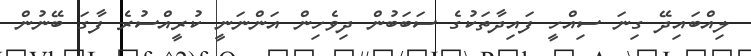
ލިއްބައިދޭ ގިނަ ސިއްހީ ފައިދާތަކުގެ ސަބަބުން ދިވެހިން އަންނަނީ ކުރީއްސުރެ ފާގަ ބޭނުން